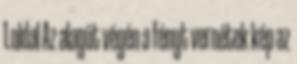
1.oldal Az alagút végén a fényt vernétek kép az